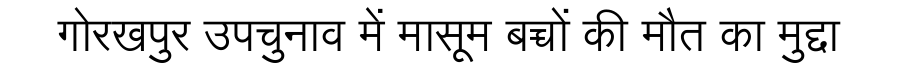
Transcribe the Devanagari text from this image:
गोरखपुर उपचुनाव में मासूम बच्चों की मौत का मुद्दा